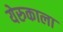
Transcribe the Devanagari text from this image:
येरुकाला